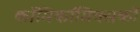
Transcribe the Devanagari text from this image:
काॅमिकॉमिक्सकों